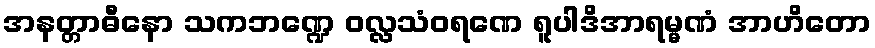
အနတ္တာဓီနော သကဘဏ္ဍေ ဝလ္လသံဝရဏေ ရူပါဒိအာရမ္မဏံ အာဟိတော